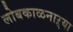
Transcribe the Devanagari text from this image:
लोबकाळनाऱ्या